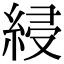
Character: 綅